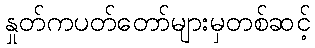
နှုတ်ကပတ်တော်များမှတစ်ဆင့်